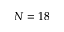
N = 1 8